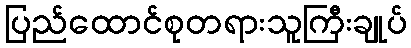
ပြည်ထောင်စုတရားသူကြီးချုပ်